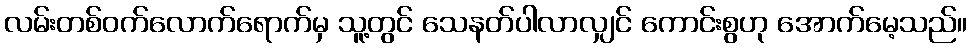
လမ်းတစ်ဝက်လောက်ရောက်မှ သူ့တွင် သေနတ်ပါလာလျှင် ကောင်းစွဟု အောက်မေ့သည်။